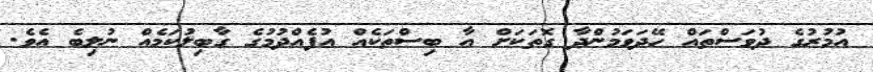
އުމުރުގެ ދުވަސްތައް ހޭދަވަމުންދާ ގޮތަކަށް އާ ބިސްތަކެއް އުފެއްދުމުގެ ގާބިލުކަމެއް ނުލިބެ އެވެ.